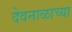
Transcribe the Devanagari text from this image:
देवनाळाच्या